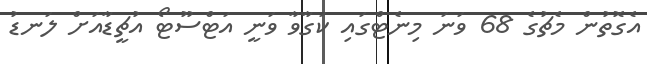
އެގޮތުން މެޗުގެ 68 ވަނަ މިނެޓްގައި ކަގާވާ ވަނީ އަޓްސޫޓޯ އުޗީޑާއަށް ލަނޑު